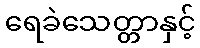
ရေခဲသေတ္တာနှင့်